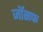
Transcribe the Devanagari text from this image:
जाॅसफ